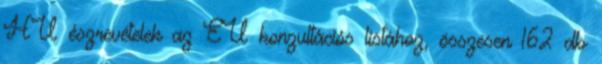
HU észrevételek az EU konzultációs listához, összesen 162 db